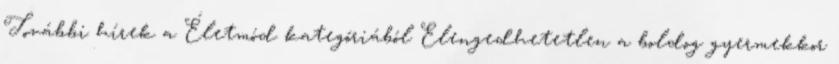
További hírek a Életmód kategóriából Elengedhetetlen a boldog gyermekkor